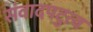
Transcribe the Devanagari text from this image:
संवादपटुत्व